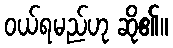
ဝယ်ရမည်ဟု ဆို၏။